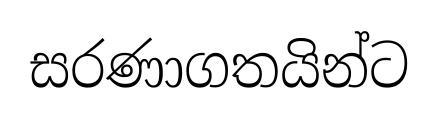
සරණාගතයින්ට